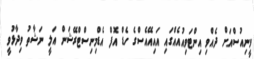
ވީނިއުސްއަށް ދެއްވި އިންޓަވިއުއެއްގައި އައިއޭއެސްގެ ހެޑް އޮފް އެޑްމިނިސްޓްރޭޝަން އަލީ ނަޝާތު ވިދާޅުވީ